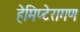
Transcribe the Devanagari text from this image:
हेमिप्टेरागण